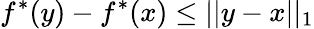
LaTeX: f^{*}(y)-f^{*}(x)\leq||y-x||_{1}